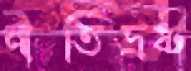
নীতিভ্রষ্ট